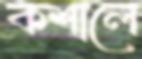
কশালে